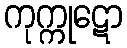
ကုက္ကုဋော